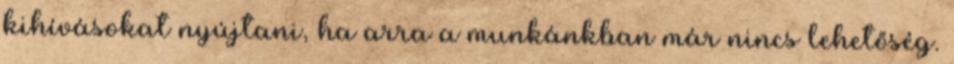
kihívásokat nyújtani, ha arra a munkánkban már nincs lehetőség.